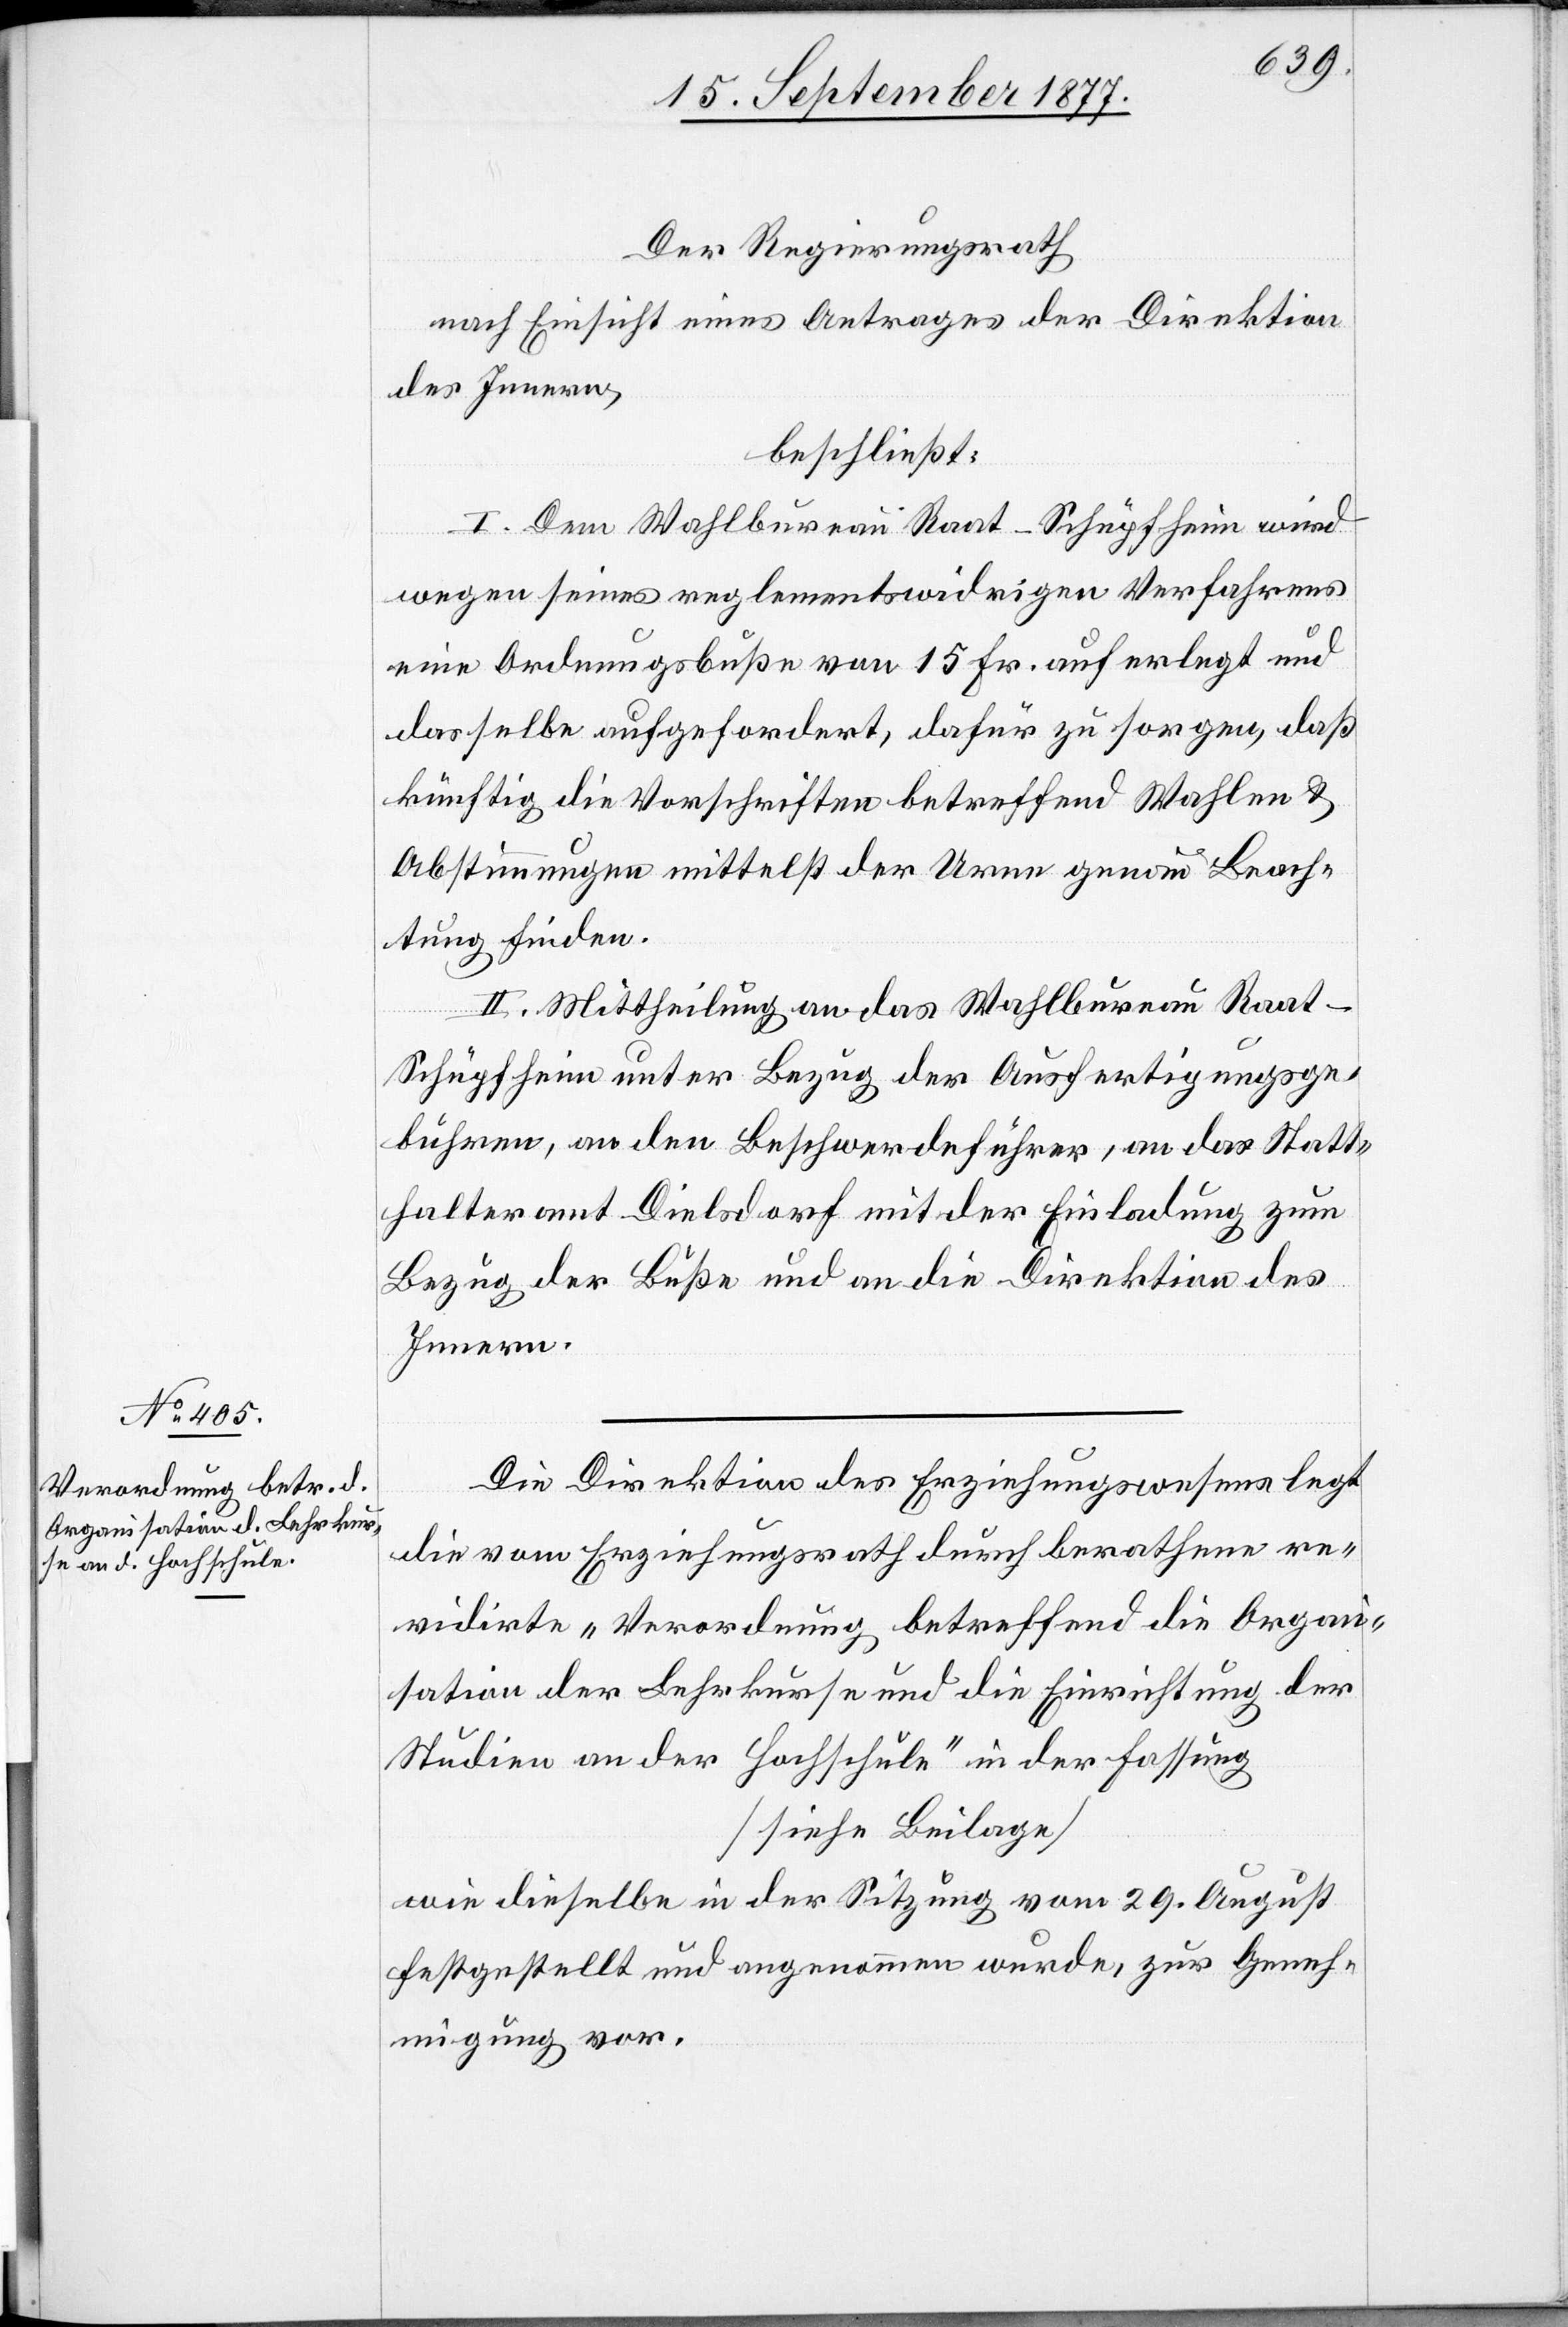
Der Regierungsrath
nach Einsicht eines Antrages der Direktion
des Innern,
beschließt:
I. Dem Wahlbureau Raat-Schüpfheim wird
wegen seines reglementswidrigen Verfahrens
eine Ordnungsbuße von 15 Fr. auferlegt und
dasselbe aufgefordert, dafür zu sorgen, daß
künftig die Vorschriften betreffend Wahlen &
Abstimmungen mittelst der Urne genau Beach¬
tung finden.
II. Mittheilung an das Wahlbureau Raat-S¬
chüpfheim unter Bezug der Ausfertigungsge¬
bühren, an den Beschwerdeführer, an das Statt¬
halteramt Dielsdorf mit der Einladung zum
Bezug der Buße und an die Direktion des
Innern.
Die Direktion des Erziehungswesens legt
die vom Erziehungsrath durch berathene re¬
vidirte „Verordnung betreffend die Organ¬
isation der Lehrkurse und die Einrichtung der
Studien an der Hochschule“ in der Fassung
[siehe Beilage]
wie dieselbe in der Sitzung vom 29. August
festgestellt und angenommen wurde, zur Geneh¬
migung vor.